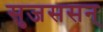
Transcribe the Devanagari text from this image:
सुजससन्